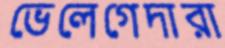
ভেলেগেদারা